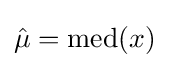
{\hat {\mu }}=\mathrm {med} (x)